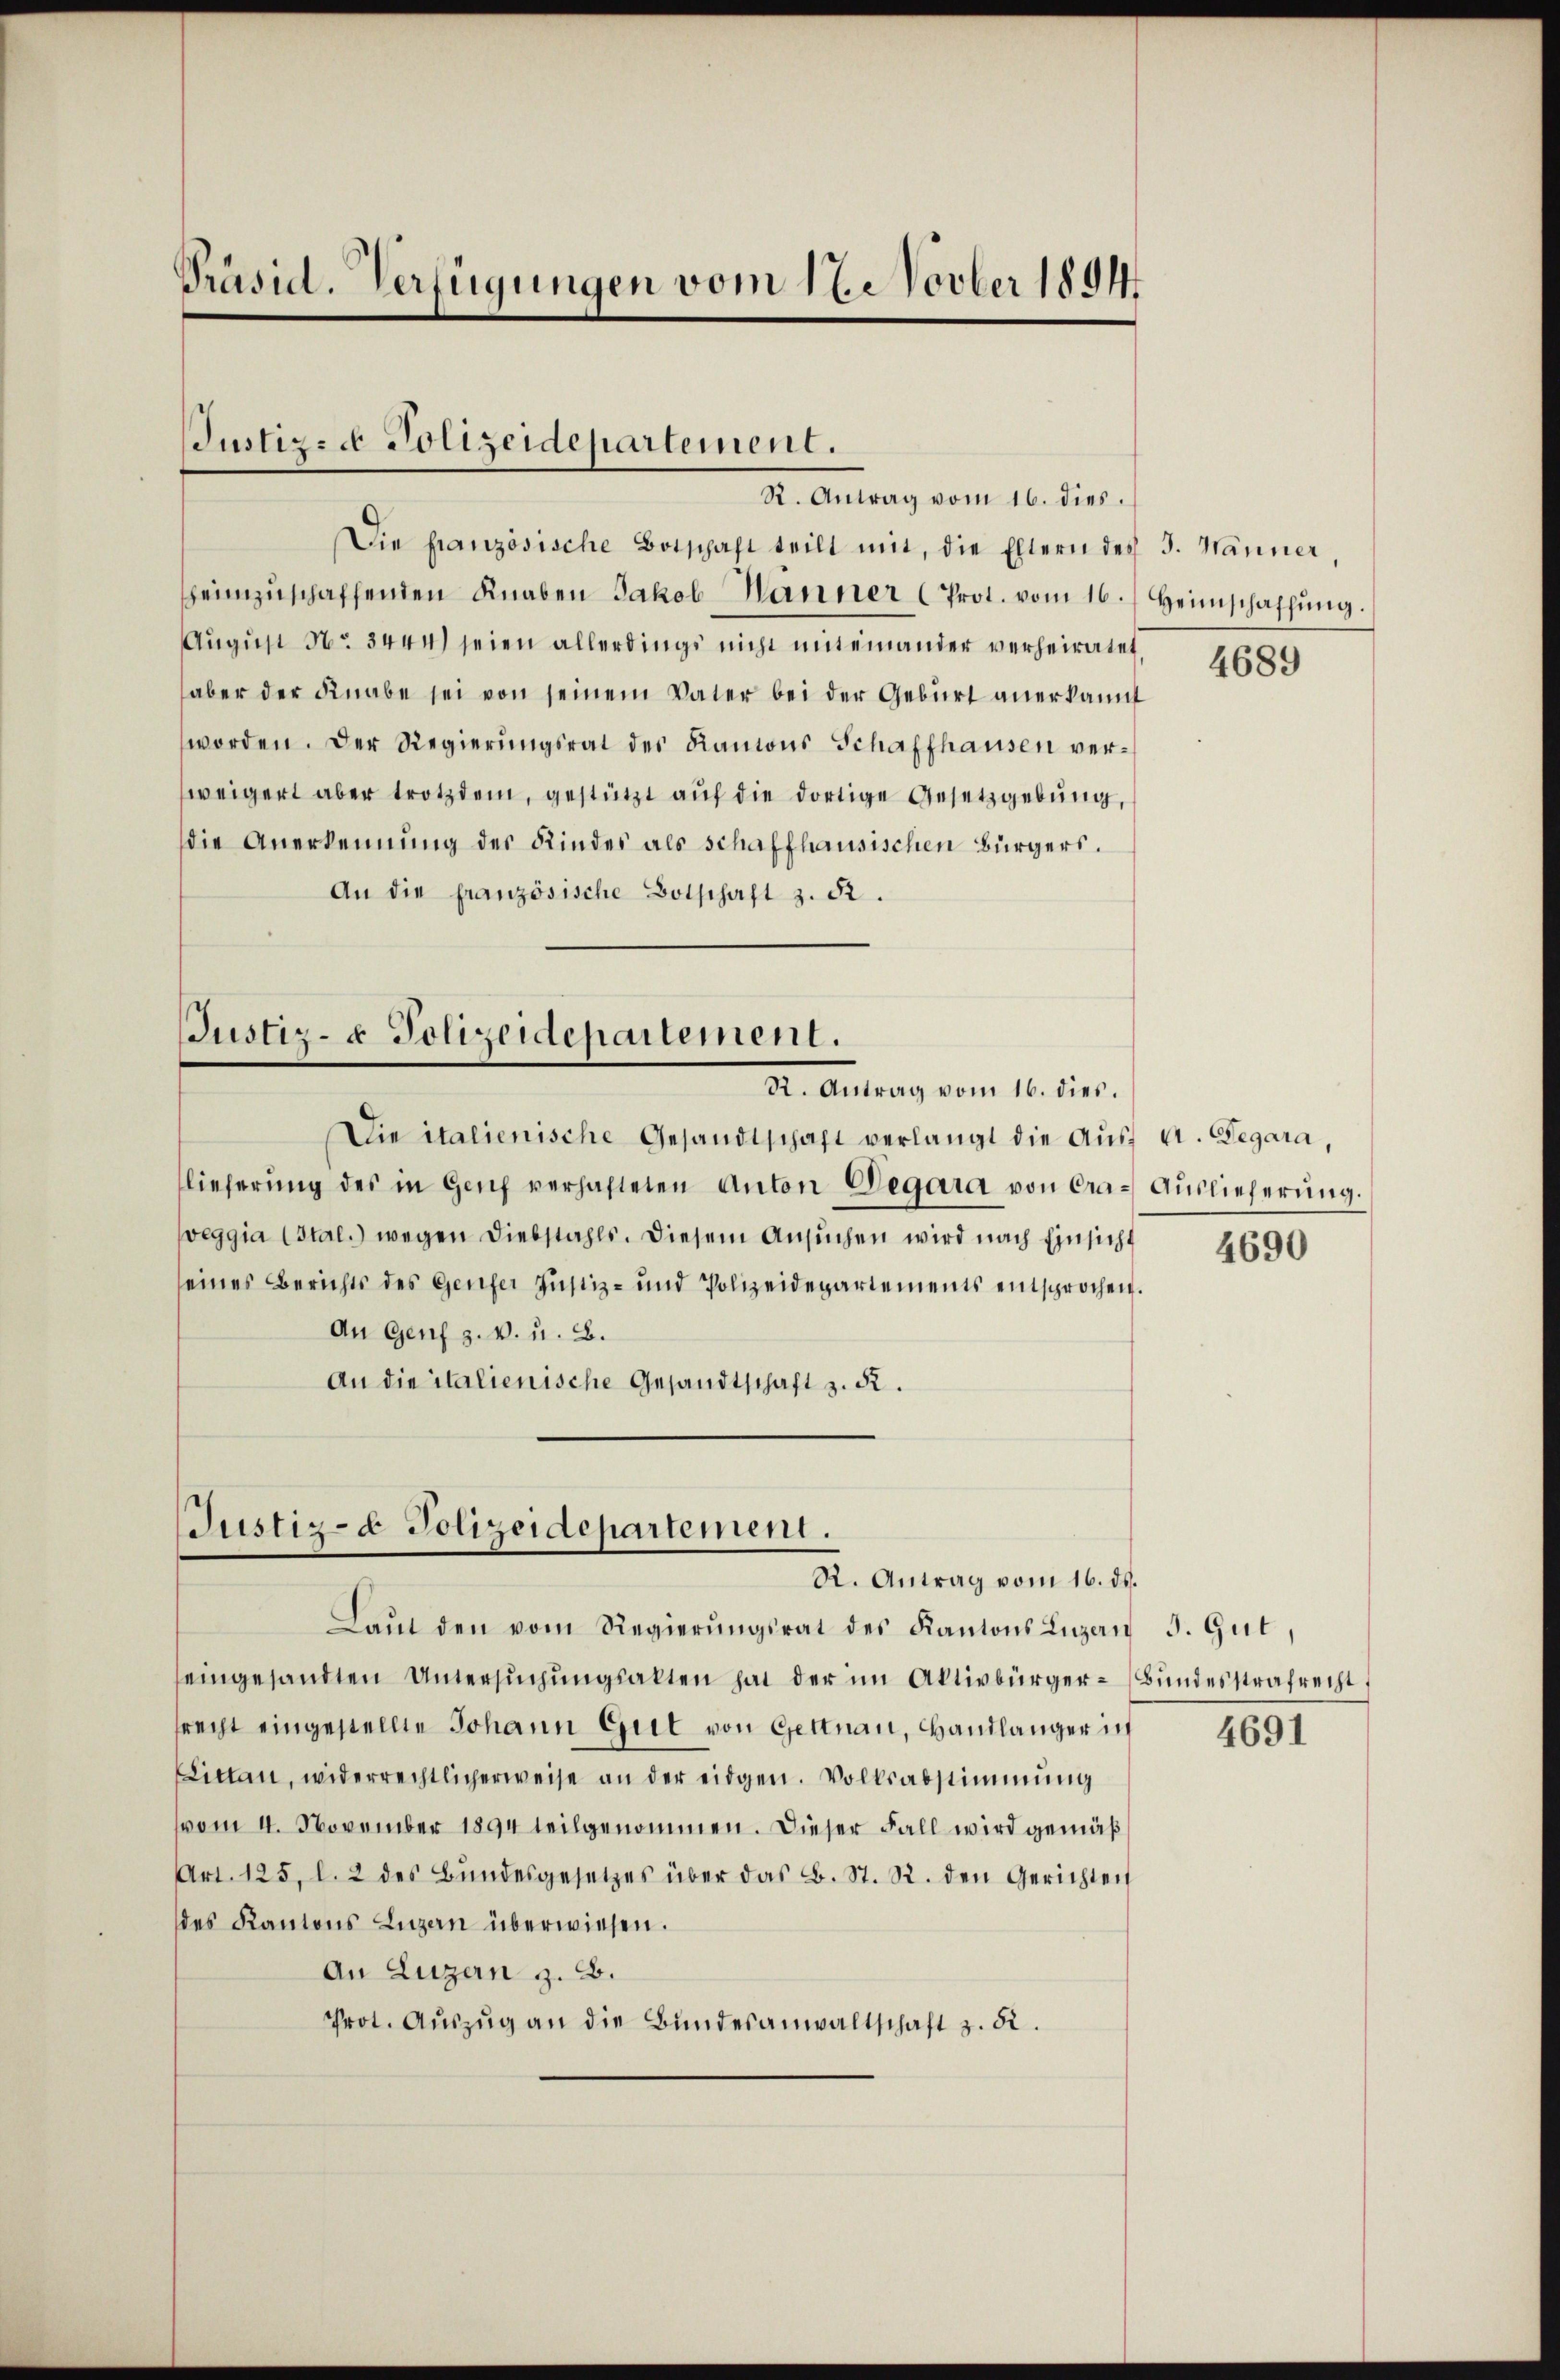
Präsid. Verfügungen vom 17. Novber 1894

Justiz- & Polizeidepartement.
R. Antrag vom 16. dies.

Die französische Botschaft teilt mit, die Eltern des 3. Männer,
heimzŭschaffenden Knaben Jakob Hänner (Prot. vom 16. Heimschaffŭng.
August No 3444) seien allerdings nicht miteinander verheiratet
aber der Knabe sei von seinem Vater bei der Geburt anerkannt
worden. Der Regierungsrat des Ramons Schaffhausen verweigert aber trotzdem, gestützt auf die dortige Gesetzgebung,
die Anerkennung des Kinder als schaffhausischen Bürgers.
An die französische Botschaft z. R.

Die italienische Gesandtschaft verlangt die Aus A. Legara,
lieferung des in Genf verhafteten Anton Degara von Cra- Auslieferung.
weggia (stal.) wegen Diebstahls. Diesem Ansuchen wird nach Einsicht
eines Berichts des Genfer Justiz- und Polizeidepartements entsprochen.
An Genf z. v. u. B.
An die italienische Gesandtschaft z. R.

Justiz- & Polizeidepartement.
Dr. Antrag vom 10. hier.

Justiz- & Polizeidepartement.
R. Antrag vom 16. ds.

Laŭt den vom Regierŭngsrat des Kantons Luzan 3. Gut,
eingesandten Untersŭchŭngsakten hat der im Aktivbürger-Bundesstrafrecht,
recht eingestellte Johann Gut von Gettnau, Handlänger in
Littan, widerrechtlicherweise an der eidgen. Volksabstimmung
vom 4. November 1894 teilgenommen. Dieser Fall wird gemäß
Art. 125, l. 2 des Bŭndesgesetzes über das L. St. R. den Gerichten
des Kantons Luzern überwiesen.
An Luzern z. B.
Prot. Aŭszŭg an die Bŭndesanwaltschaft z. 52.

4689

4690

4691